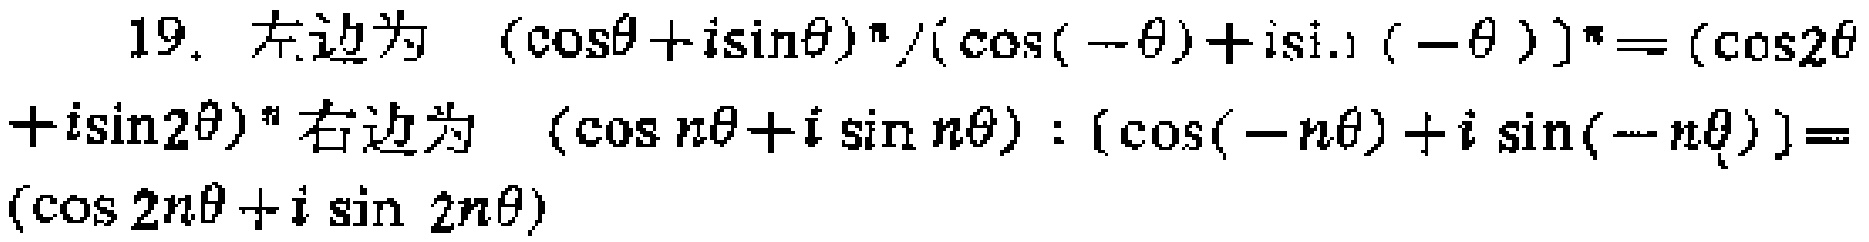
19. 左边为 \((\cos\theta + i\sin\theta)^n/(\cos(-\theta)+i\sin(-\theta))^n = (\cos2\theta + i\sin2\theta)^n\) 右边为 \((\cos n\theta + i\sin n\theta):(\cos(-n\theta)+i\sin(-n\theta)) = (\cos 2n\theta + i\sin 2n\theta)\)